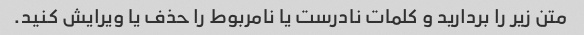
متن زیر را بردارید و کلمات نادرست یا نامربوط را حذف یا ویرایش کنید.